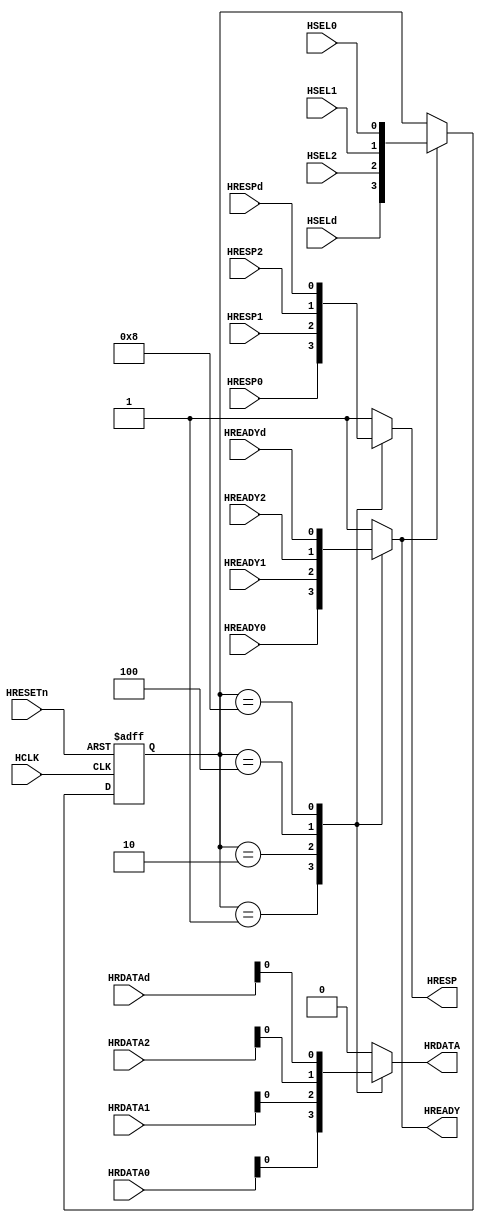
module ahb_multiplexor #(
    parameter NUM_S = 3
)(
    input wire HCLK,
    input wire HRESETn,

    input wire HSEL0,
    input wire HSEL1,
    input wire HSEL2,
    input wire HSELd,

    input wire [31:0] HRDATA0,
    input wire HRESP0,
    input wire HREADY0,

    input wire [31:0] HRDATA1,
    input wire HRESP1,
    input wire HREADY1,

    input wire [31:0] HRDATA2,
    input wire HRESP2,
    input wire HREADY2,

    input wire [31:0] HRDATAd,
    input wire HRESPd,
    input wire HREADYd,

    output reg HRDATA,
    output reg HRESP,
    output reg HREADY
);
	
    localparam D_HSEL0 = 4'b0001;
    localparam D_HSEL1 = 4'b0010;
    localparam D_HSEL2 = 4'b0100;
    localparam D_HSELd = 4'b1000;
    wire [3:0] hsel = {HSELd,HSEL2,HSEL1,HSEL0};
    reg  [3:0] hsel_r;

    always @ (posedge HCLK or negedge HRESETn) begin
        if (~HRESETn)   hsel_r <= 'h0;
        else if(HREADY) hsel_r <= hsel; // default HREADY must be 1'b1
    end

    always @ (hsel_r or HREADY0 or HREADY1 or HREADY2 or HREADYd) begin
        case(hsel_r) // synopsys full_case parallel_case
            D_HSEL0: HREADY = HREADY0; // default
            D_HSEL1: HREADY = HREADY1;
            D_HSEL2: HREADY = HREADY2;
            D_HSELd: HREADY = HREADYd;
            default: HREADY = 1'b1;
        endcase
    end

    always @ (hsel_r or HRDATA0 or HRDATA1 or HRDATA2 or HRDATAd) begin
        case(hsel_r) // synopsys full_case parallel_case
            D_HSEL0: HRDATA = HRDATA0;
            D_HSEL1: HRDATA = HRDATA1;
            D_HSEL2: HRDATA = HRDATA2;
            D_HSELd: HRDATA = HRDATAd;
            default: HRDATA = 32'b0;
        endcase
    end

    always @ (hsel_r or HRESP0 or HRESP1 or HRESP2 or HRESPd) begin
        case(hsel_r) // synopsys full_case parallel_case
            D_HSEL0: HRESP = HRESP0;
            D_HSEL1: HRESP = HRESP1;
            D_HSEL2: HRESP = HRESP2;
            D_HSELd: HRESP = HRESPd;
            default: HRESP = 2'b01; //`HRESP_ERROR;
        endcase
    end


endmodule